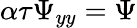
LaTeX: \alpha\tau\Psi{}_{yy}=\Psi